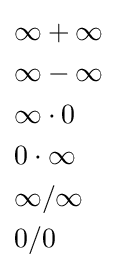
{\begin{aligned}&\infty +\infty \\&\infty -\infty \\&\infty \cdot 0\\&0\cdot \infty \\&\infty /\infty \\&0/0\end{aligned}}